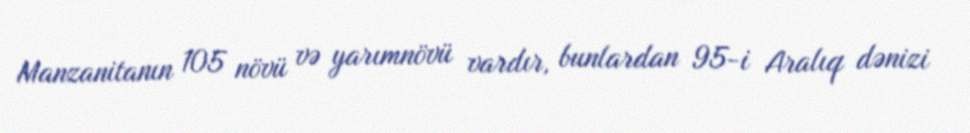
Manzanitanın 105 növü və yarımnövü vardır, bunlardan 95-i Aralıq dənizi